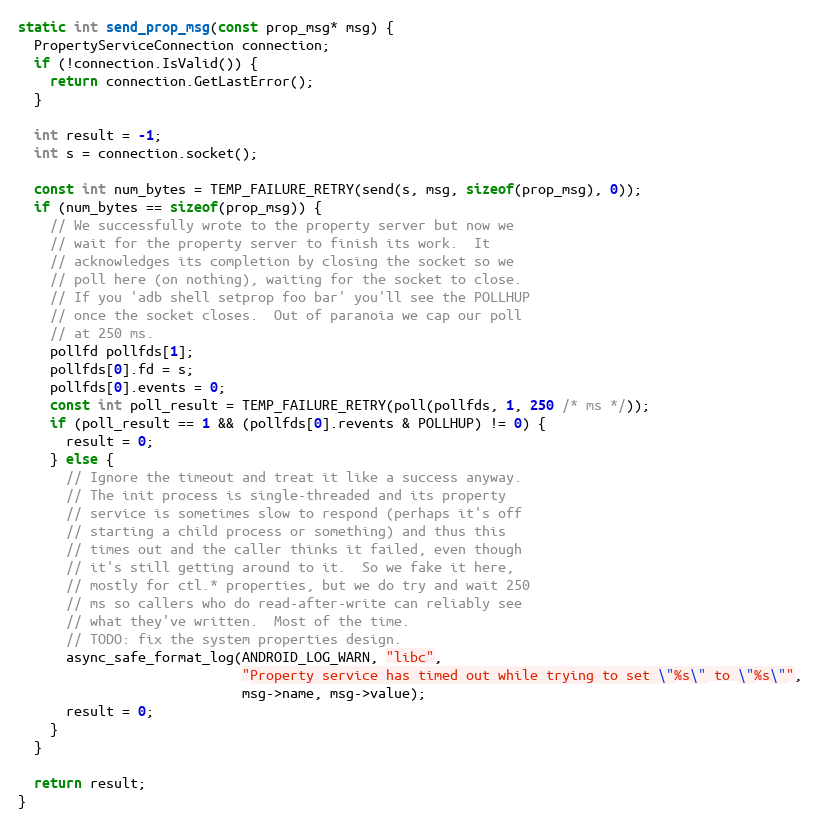
Language: C++
static int send_prop_msg(const prop_msg* msg) {
  PropertyServiceConnection connection;
  if (!connection.IsValid()) {
    return connection.GetLastError();
  }

  int result = -1;
  int s = connection.socket();

  const int num_bytes = TEMP_FAILURE_RETRY(send(s, msg, sizeof(prop_msg), 0));
  if (num_bytes == sizeof(prop_msg)) {
    // We successfully wrote to the property server but now we
    // wait for the property server to finish its work.  It
    // acknowledges its completion by closing the socket so we
    // poll here (on nothing), waiting for the socket to close.
    // If you 'adb shell setprop foo bar' you'll see the POLLHUP
    // once the socket closes.  Out of paranoia we cap our poll
    // at 250 ms.
    pollfd pollfds[1];
    pollfds[0].fd = s;
    pollfds[0].events = 0;
    const int poll_result = TEMP_FAILURE_RETRY(poll(pollfds, 1, 250 /* ms */));
    if (poll_result == 1 && (pollfds[0].revents & POLLHUP) != 0) {
      result = 0;
    } else {
      // Ignore the timeout and treat it like a success anyway.
      // The init process is single-threaded and its property
      // service is sometimes slow to respond (perhaps it's off
      // starting a child process or something) and thus this
      // times out and the caller thinks it failed, even though
      // it's still getting around to it.  So we fake it here,
      // mostly for ctl.* properties, but we do try and wait 250
      // ms so callers who do read-after-write can reliably see
      // what they've written.  Most of the time.
      // TODO: fix the system properties design.
      async_safe_format_log(ANDROID_LOG_WARN, "libc",
                            "Property service has timed out while trying to set \"%s\" to \"%s\"",
                            msg->name, msg->value);
      result = 0;
    }
  }

  return result;
}